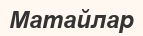
Матайлар